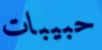
حبيبات